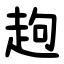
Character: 䞤